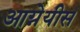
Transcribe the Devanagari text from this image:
आग्नेयीस